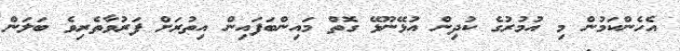
އެހެންކަމުން މި އުމުރުގެ ކުދިން އުޅޭނޫޅޭ ގޮތް މައިންބަފައިން އިތުރަށް ފަރުވާތެރިވެ ބަލަން